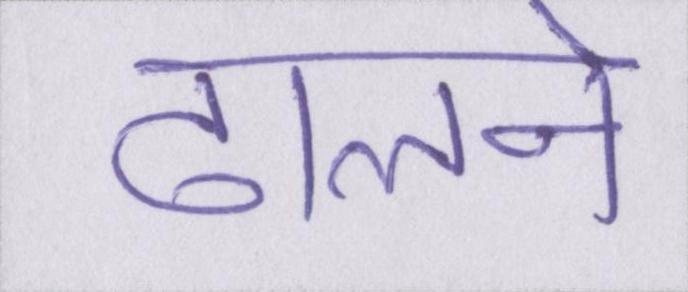
ढालने